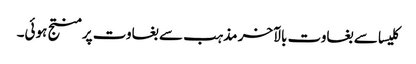
کلیسا سے بغاوت بالآخر مذہب سے بغاوت پر منتج ہوئی۔